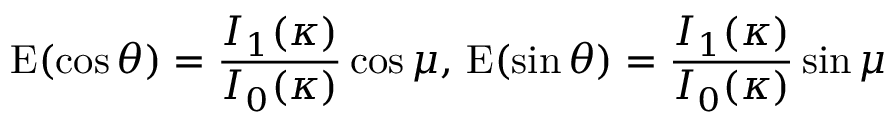
\operatorname { E } ( \cos \theta ) = { \frac { I _ { 1 } ( \kappa ) } { I _ { 0 } ( \kappa ) } } \cos \mu , \, \operatorname { E } ( \sin \theta ) = { \frac { I _ { 1 } ( \kappa ) } { I _ { 0 } ( \kappa ) } } \sin \mu